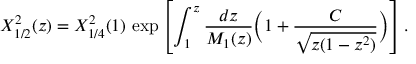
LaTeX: X _ { 1 / 2 } ^ { 2 } ( z ) = X _ { 1 / 4 } ^ { 2 } ( 1 ) \, \exp \left[ \int _ { 1 } ^ { z } { \frac { d z } { M _ { 1 } ( z ) } } \Bigl ( 1 + { \frac { C } { \sqrt { z ( 1 - z ^ { 2 } ) } } } \Bigr ) \right] .